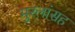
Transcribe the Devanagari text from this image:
मुस्लांसह